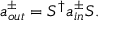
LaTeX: a _ { o u t } ^ { \pm } = S ^ { \dagger } a _ { i n } ^ { \pm } S .